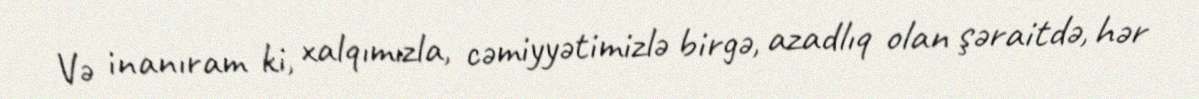
Və inanıram ki, xalqımızla, cəmiyyətimizlə birgə, azadlıq olan şəraitdə, hər